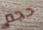
حجم